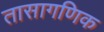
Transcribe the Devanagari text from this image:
तासागणिक